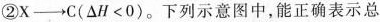
②X\rightarrow C($$\Delta H<0$$)。下列示意图中，能正确表示总